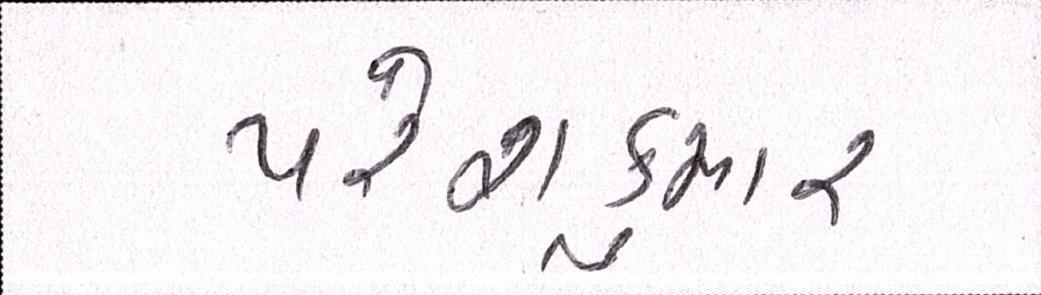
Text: પરેશકુમાર